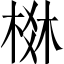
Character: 棥